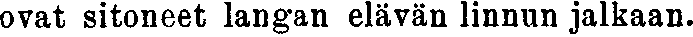
ovat sitoneet langan elävän linnun jalkaan.